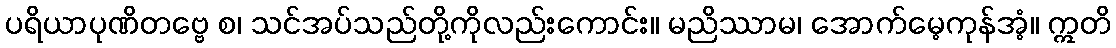
ပရိယာပုဏိတဗ္ဗေ စ၊ သင်အပ်သည်တို့ကိုလည်းကောင်း။ မညိဿာမ၊ အောက်မေ့ကုန်အံ့။ ဣတိ